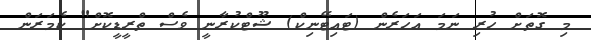
މި ގޮތަށް ހުރި ނަމަ އަހަރެން (ޓައިޓޭނިކް) ޝޫޓްކުރާނީ ވެސް ތްރީޑީކޮށް" ކެމަރަން